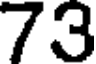
73